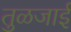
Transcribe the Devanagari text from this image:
तुळजाई